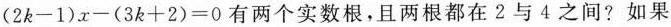
( 2 k - 1 ) x - ( 3 k + 2 ) = 0$$ 有两个实数根，且两根都在2与4之间？如果